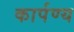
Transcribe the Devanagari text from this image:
कार्पण्य